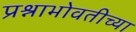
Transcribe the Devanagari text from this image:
प्रश्नाभोवतीच्या